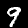
Digit: 9